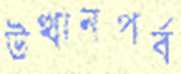
উত্থানপর্ব